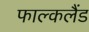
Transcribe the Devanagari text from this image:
फाल्कलैंड